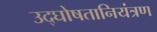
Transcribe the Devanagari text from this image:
उद्घोषतानियंत्रण